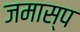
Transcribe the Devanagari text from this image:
जमास्प